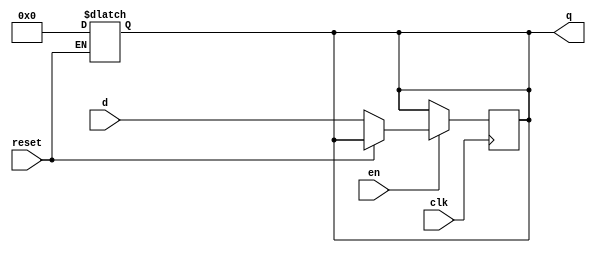
`timescale 1ns / 1ps
//////////////////////////////////////////////////////////////////////////////////
// Company: 
// Engineer: 
// 
// Design Name: 
// Module Name: FFD_SINCRONO
// Project Name: 
// Target Devices: 
// Tool Versions: 
// Description: 
// 
// Dependencies: 
// 
// Revision:
// Revision 0.01 - File Created
// Additional Comments:
// 
//////////////////////////////////////////////////////////////////////////////////


module R_SINCRONO(
//---------I/O---------
    input [7:0] d,
    input reset,clk,en,
    output reg [7:0] q
    );
//Declaracion de seales internas

    //Cuerpo del modulo
    
     always@(reset)
           begin
               if(reset == 1'b1)
                   q = 0;
           end //always
       
       always@(posedge clk)
        begin
            case(en)
                1'b1 :
                    if(reset == 1'b0)
                        q = d;     
            endcase 
           end //end always

endmodule